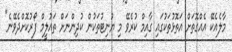
މާލެއެކޭ އެއްގޮތަށް އަތޮޅުތަކުގައި ގާއިމް ކުރެވޭ މި ޔުނިޓުތަކުން ކުދިންނަށް ތައުލީމް ފޯރުކޮށްދެވޭނެ"